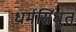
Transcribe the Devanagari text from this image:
धर्मसिंधुत